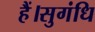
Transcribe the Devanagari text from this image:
हैं।सुगंधि